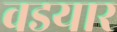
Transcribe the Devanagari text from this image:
वडयार